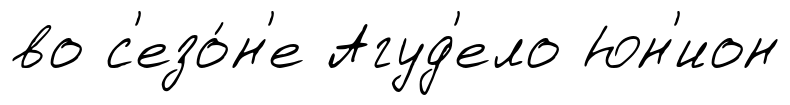
во с'езо́н'е Агуд'ело Юн'ион